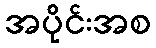
အပိုင်းအစ